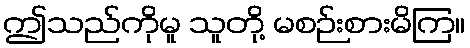
ဤသည်ကိုမူ သူတို့ မစဉ်းစားမိကြ။